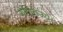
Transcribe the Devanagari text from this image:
गणितज्य।